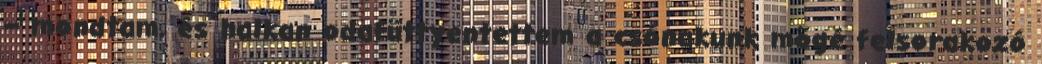
– mondtam, és halkan odafüttyentettem a csónakunk mögé felsorakozó